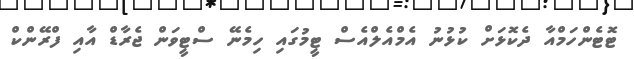
ޓޮޓެންހަމްއާ ދެކޮޅަށް ކުޅުނު އެމްއެލްއެސް ޓީމުގައި ހިމެނޭ ސްޓީވަން ޖެރާޑް އާއި ފްރޭންކް